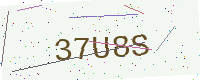
Text: 37U8S